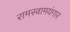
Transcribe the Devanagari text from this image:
रामस्वामयंगार